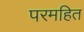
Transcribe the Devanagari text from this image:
परमहित